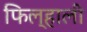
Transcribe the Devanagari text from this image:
फिल्हाली